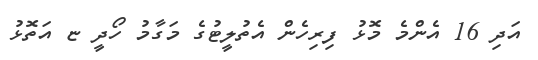
އަދި 16 އެންމެ މޮޅު ފިރިހެން އެތުލީޓުގެ މަގާމު ހޯދީ ޏ އަތޮޅު